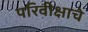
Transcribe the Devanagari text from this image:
परिवीक्षाचे